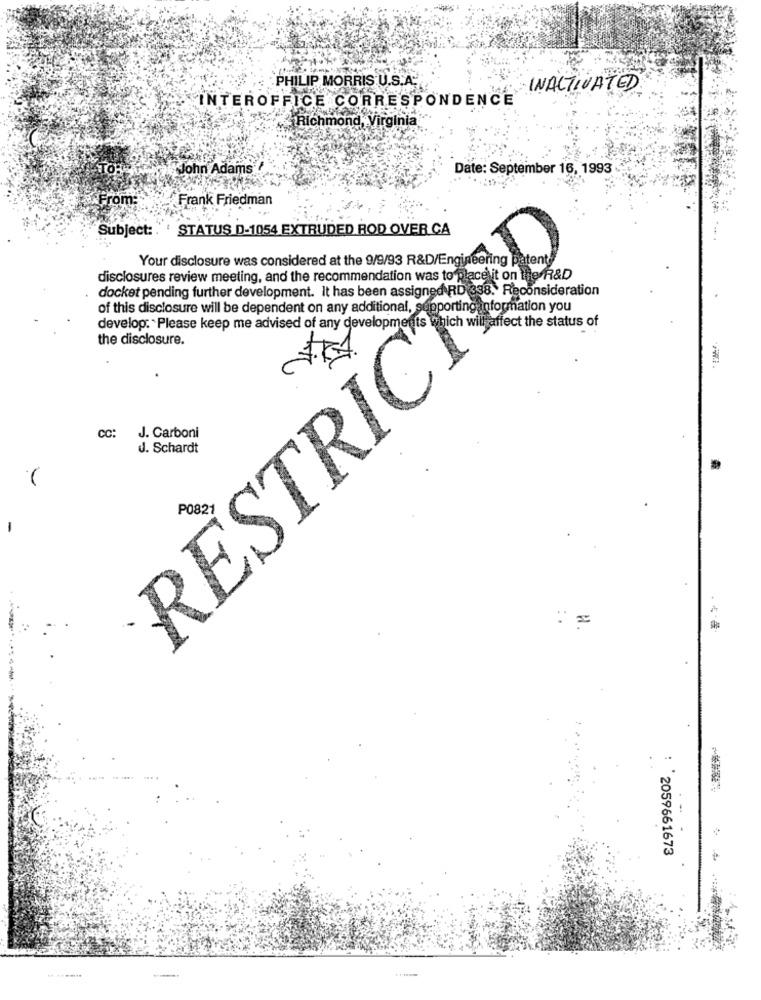
PHILIP MORRIS U.S.A.
INACTIVATED
INTEROFFICE CORRESPONDENCE
Richmond, Virginia
John Adams"
Date: September 16, 1993 -
From:
Frank Friedman
Subject:
STATUS D-1054 EXTRUDED ROD OVER CA
RESTRICTED
Your disclosure was considered at the 9/9/93 R&D/Engineering patent
disclosures review meeting, and the recommendation was to place it on the R&D
docket pending further development. It has been assigned RD
of this disclosure will be dependent on any additional, supportinganformation you
develop: Please keep me advised of any developments
the disclosure.
CC:
J. Carboni
J. Schardt
P0821
. =
2059661673